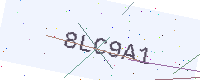
Text: 8LC9A1